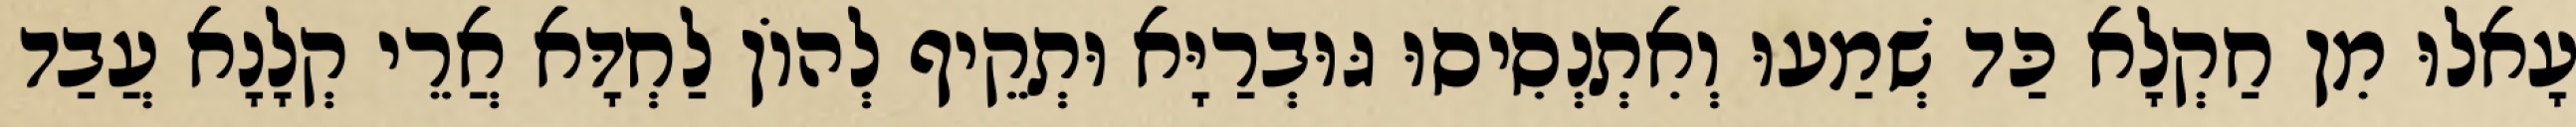
עָאלוּ מִן חַקְלָא כַּד שְׁמַעוּ וְאִתְנְסִיסוּ גּוּבְרַיָּא וּתְקֵיף לְהוֹן לַחְדָּא אֲרֵי קְלָנָא עֲבַד